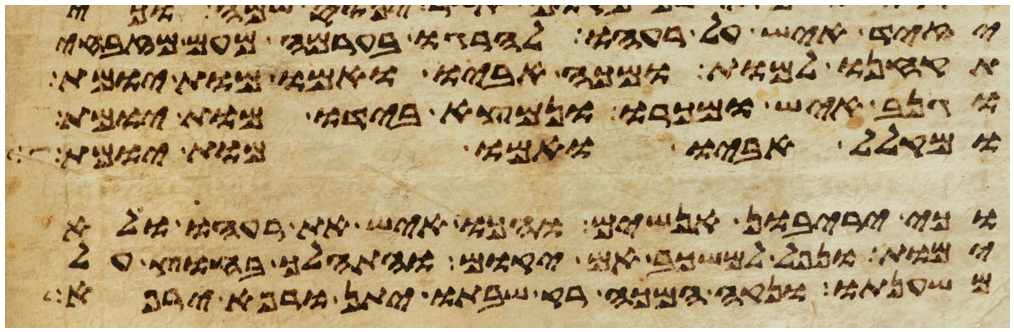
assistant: יזיד איש על רעהו להרגו בערמה מעם מזבחי
תקחנו למות ומכה אביו ואמו מות יומת
וגנב איש ומכרו ונמצא בידו מות יומת
ומקלל אביו ואמו מות יומת
וכי יריבון אנשים והכו איש את רעהו ולא
ימות ונפל למשכב אם יקום והתהלך בחוץ על
משענתו ונקה המכה רק שבתו יתן ורפא ירפא